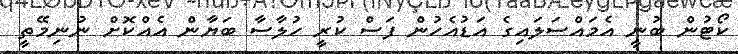
ކޯޓުން ބުނީ އެމައްސަލައިގެ އަޑުއެހުން ފަސް ކުރީ ހުލާސާ ބަޔާން އެއްކޮށް ނުނިމޭތީ